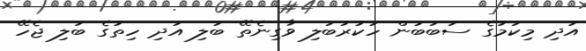
އަދި މިކަމުގެ ސަބަބުން ހަކުރުބަލި ވާގިނެތޭ ބަލި އަދި ހިތުގެ ބަލި ޖެހޭ